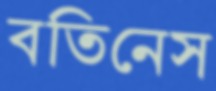
বতিনেস